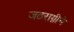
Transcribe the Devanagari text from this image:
जठराग्नीने